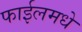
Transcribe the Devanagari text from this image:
फाईलमधे